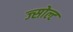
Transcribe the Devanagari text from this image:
ज्सोल्ट